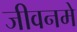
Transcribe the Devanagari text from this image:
जीवनमे